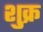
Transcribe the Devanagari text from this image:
शु़क्र